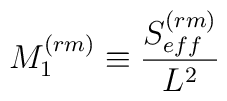
M_1^{(rm)} \equiv \frac{S_{eff}^{(rm)}}{L^2}